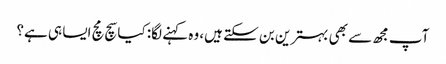
آپ مجھ سے بھی بہترین بن سکتے ہیں، وہ کہنے لگا: کیا سچ مچ ایسا ہی ہے؟